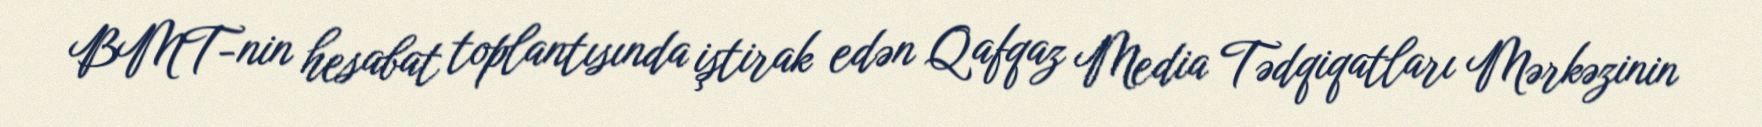
BMT-nin hesabat toplantısında iştirak edən Qafqaz Media Tədqiqatları Mərkəzinin